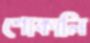
শোকালি